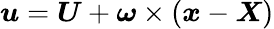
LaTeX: \boldsymbol{u}=\boldsymbol{U}+\boldsymbol{\omega}\times(\boldsymbol{x}-\boldsymbol{X})